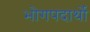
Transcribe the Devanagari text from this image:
भोगपदार्थो